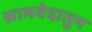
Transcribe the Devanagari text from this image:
सामवेदातून